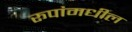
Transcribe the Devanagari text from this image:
रूपांमधील